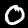
Digit: 0